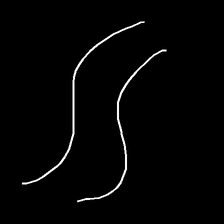
Glyph: float